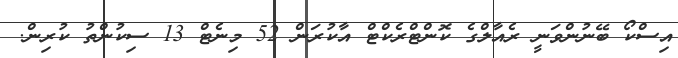
އިސްކޯ ބޭނުންވަނީ ރެއާލްގެ ކޮންޓްރެކްޓް އާކުރަން 52 މިނެޓް 13 ސިކުންތު ކުރިން.